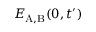
E _ { \mathrm { A , B } } ( 0 , t ^ { \prime } )